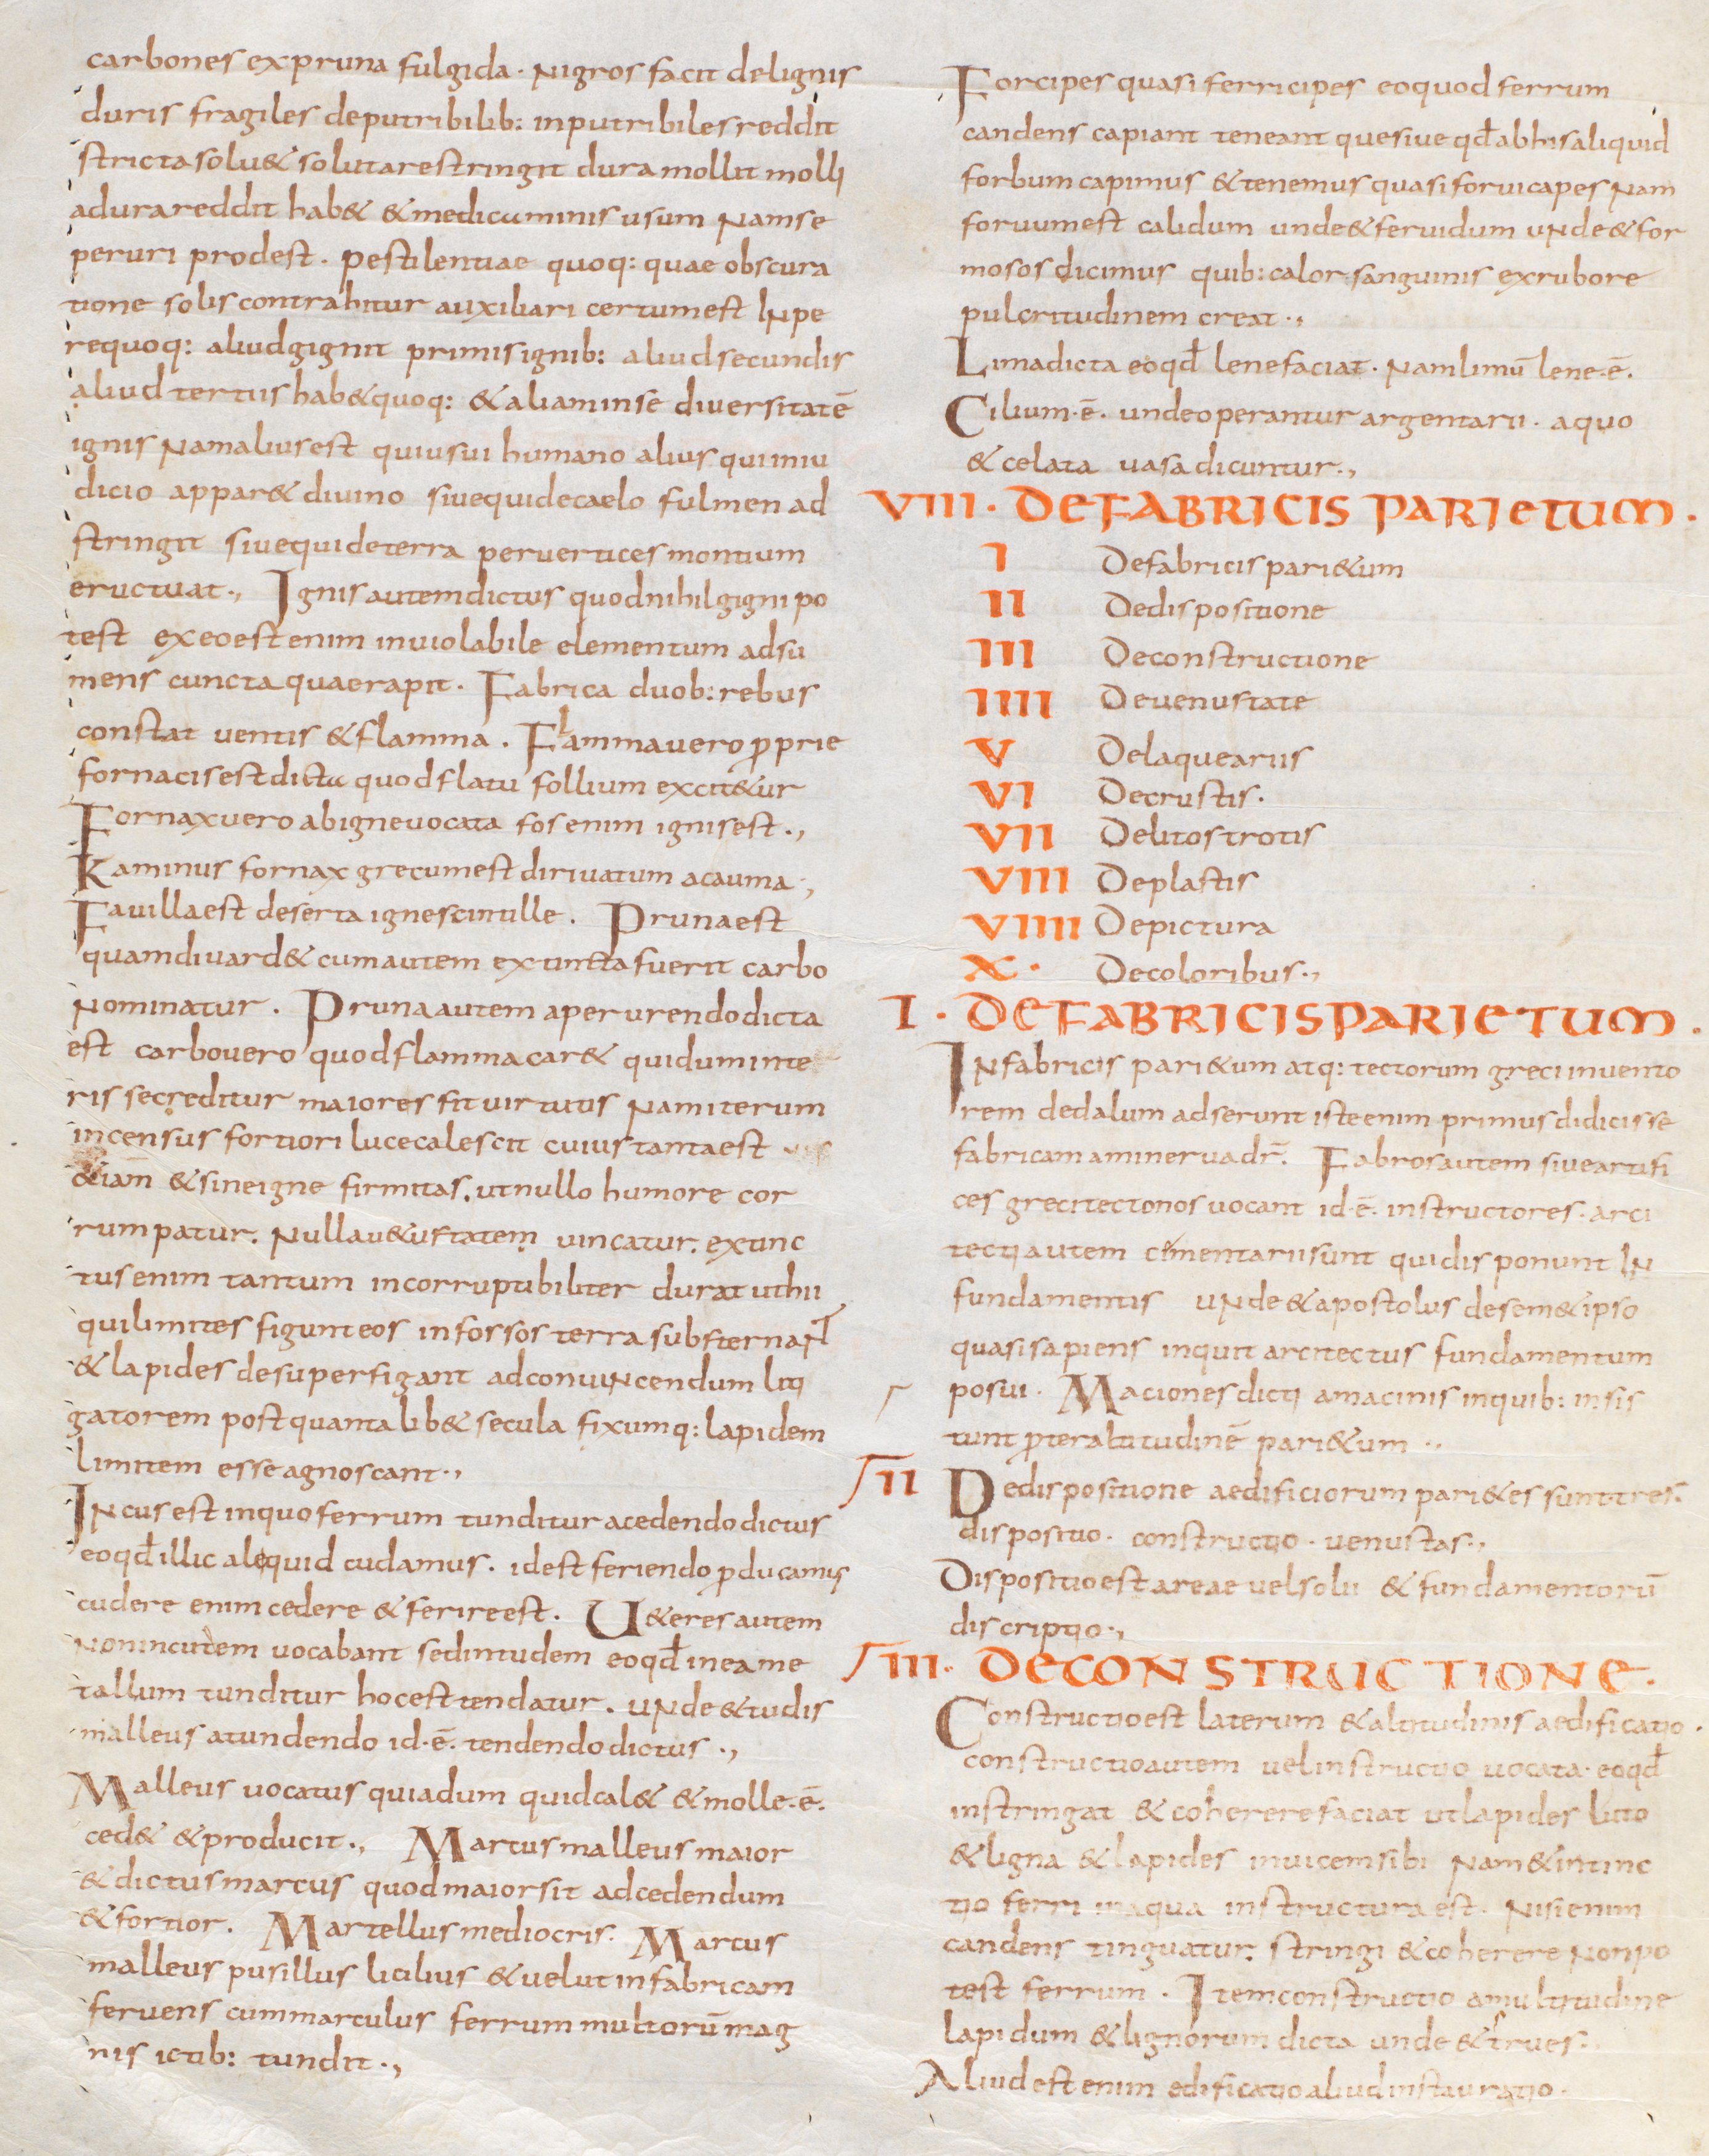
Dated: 800–829